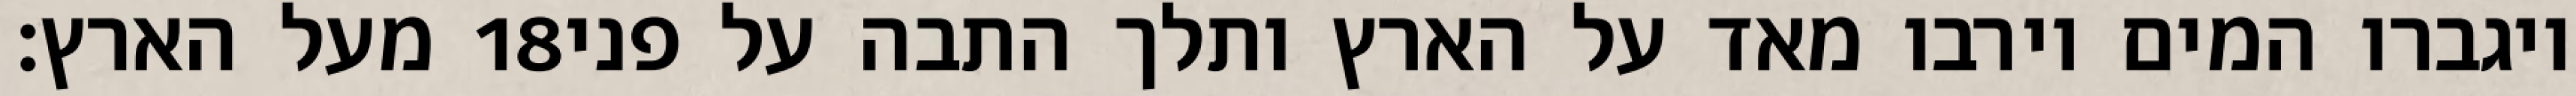
מעל הארץ׃ ‎18‏ ויגברו המים וירבו מאד על הארץ ותלך התבה על פני